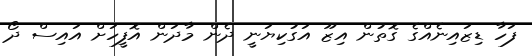
ފަހާ ޑިޒައިނެއްގެ ގޮތުން އިޒޫ އަގުކިޔަނީ ދެން މާދަން އޮފީހަށް އައިސް ދޯ